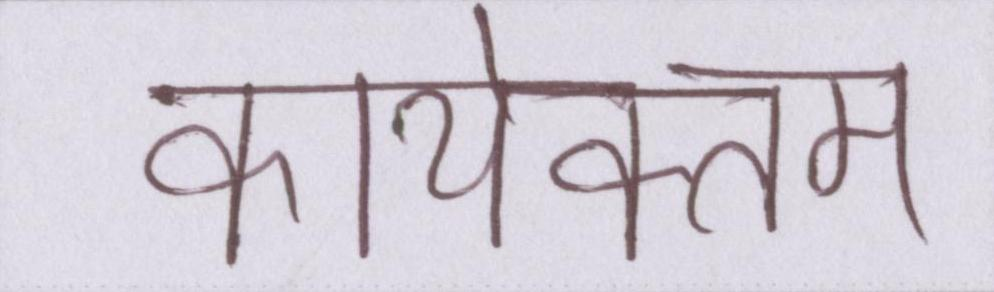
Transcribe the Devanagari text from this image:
कार्यक्त्रम